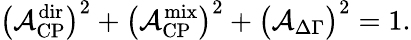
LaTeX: \bigl({\cal A}_{\mathrm{CP}}^{\mathrm{dir}}\bigr)^{2}+\bigl({\cal A}_{\mathrm{CP}}^{\mathrm{mix}}\bigr)^{2}+\bigl({\cal A}_{\mathrm{\Delta\Gamma}}\bigr)^{2}=1.